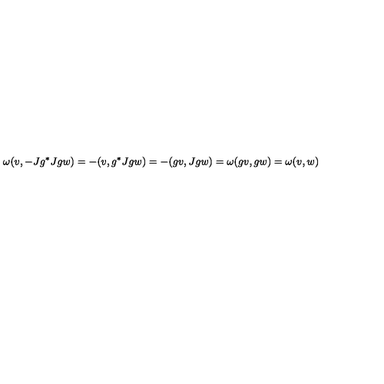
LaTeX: \omega ( v , - J g ^ { * } J g w ) = - ( v , g ^ { * } J g w ) = - ( g v , J g w ) = \omega ( g v , g w ) = \omega ( v , w )